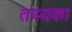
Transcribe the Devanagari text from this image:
तथ्यका